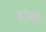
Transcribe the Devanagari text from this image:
वोकी